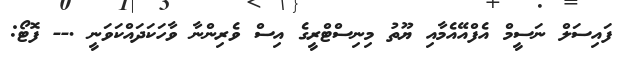
ފައިސަލް ނަސީމް އެފްއޭއެމާއި ޔޫތު މިނިސްޓްރީގެ އިސް ވެރިންނާ ވާހަކަދައްކަވަނީ .-- ފޮޓޯ: